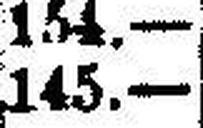
145.—